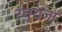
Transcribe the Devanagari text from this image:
रघुराजा